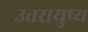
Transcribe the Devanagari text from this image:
उत्तरायुष्य